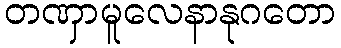
တဏှာမူလေနာနုဂတော